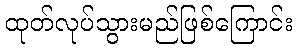
ထုတ်လုပ်သွားမည်ဖြစ်ကြောင်း